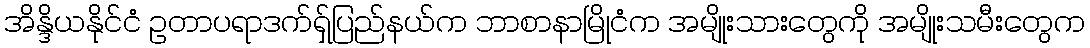
အိန္ဒိယနိုင်ငံ ဥတာပရာဒက်ရှ်ပြည်နယ်က ဘာစာနာမြိုငံက အမျိုးသားတွေကို အမျိုးသမီးတွေက